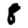
Digit: 8